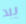
يبد